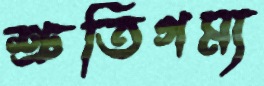
শ্রুতিগম্য